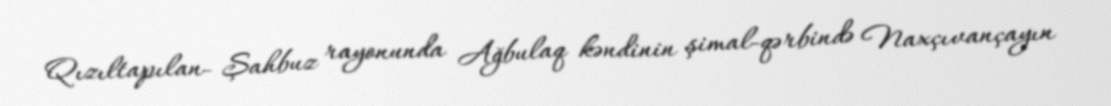
Qızıltapılan- Şahbuz rayonunda Ağbulaq kəndinin şimal-qərbində Naxçıvançayın